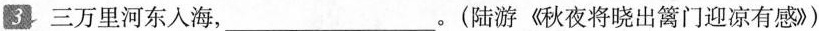
3 三万里河东人海，___。(陆游《秋夜将晓出篱门迎凉有感》)